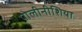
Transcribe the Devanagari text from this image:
पोलीनीशिया